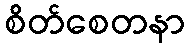
စိတ်စေတနာ